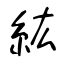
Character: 紘